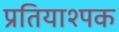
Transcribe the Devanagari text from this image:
प्रतियाश्पक